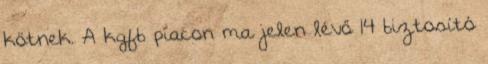
kötnek. A kgfb piacon ma jelen lévő 14 biztosító